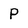
Character: P